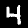
Digit: 4